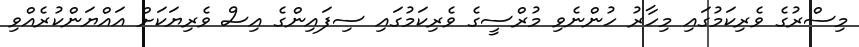
މިސްރުގެ ވެރިކަމުގައި މިހާރު ހުންނެވި މުރްސީގެ ވެރިކަމުގައި ސިފައިންގެ އިސް ވެރިޔަކަށް އައްޔަންކުރެއްވި